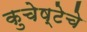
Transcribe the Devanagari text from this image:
कुचेष्टेचे